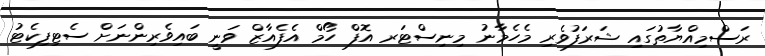
ރަސްމިއްޔާތުގައި ޝަރަފުވެރި މެހެމާނު މިނިސްޓަރ އޮފް ހޯމް އެފެއާޒް ވަނީ ބައިވެރިންނަށް ސެޓިފިކެޓު